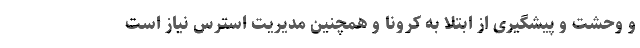
و وحشت و پیشگیری از ابتلا به کرونا و همچنین مدیریت استرس نیاز است